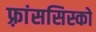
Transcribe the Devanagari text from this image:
फ़्रांससिस्को